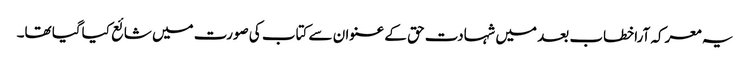
یہ معرکہ آراخطاب بعد میں شہادت حق کے عنوان سے کتاب کی صورت میں شائع کیاگیا تھا۔